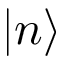
\vert n \rangle